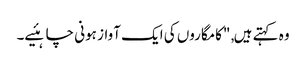
وہ کہتے ہیں, "کامگاروں کی ایک آواز ہونی چاہئیے۔